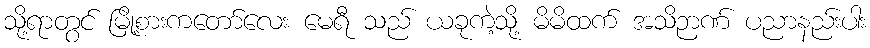
သို့ရာတွင် မြို့စားကတော်လေး မေရီ သည် ယခုကဲ့သို့ မိမိထက် အသိဉာဏ် ပညာနည်းပါး